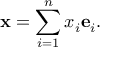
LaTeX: \mathbf { x } = \sum _ { i = 1 } ^ { n } x _ { i } \mathbf { e } _ { i } .